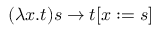
( \lambda x . t ) s \to t [ x : = s ]